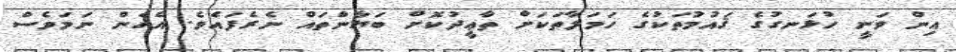
އިން ވަނީ ހުޅަނގުގެ ޤައުމުތަކުގެ ހަމަލާތަކަށް ތާޢީދުކޮށް ބަޔާންތައް ނެރެފައެވެ. އެހެން ނަމަވެސް